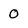
Character: O